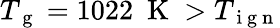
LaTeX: T_{\mathrm{~g~}}=1022~\mathrm{~K~}>T_{\mathrm{~i~g~n~}}